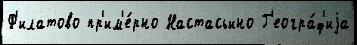
Ф'илатово пр'им'е́рно Настасьино Г'еогра́ф'иjа